NAE_ERA_R-1765_ENSV_Kirjanike_Liit_1945-1955, lk 24
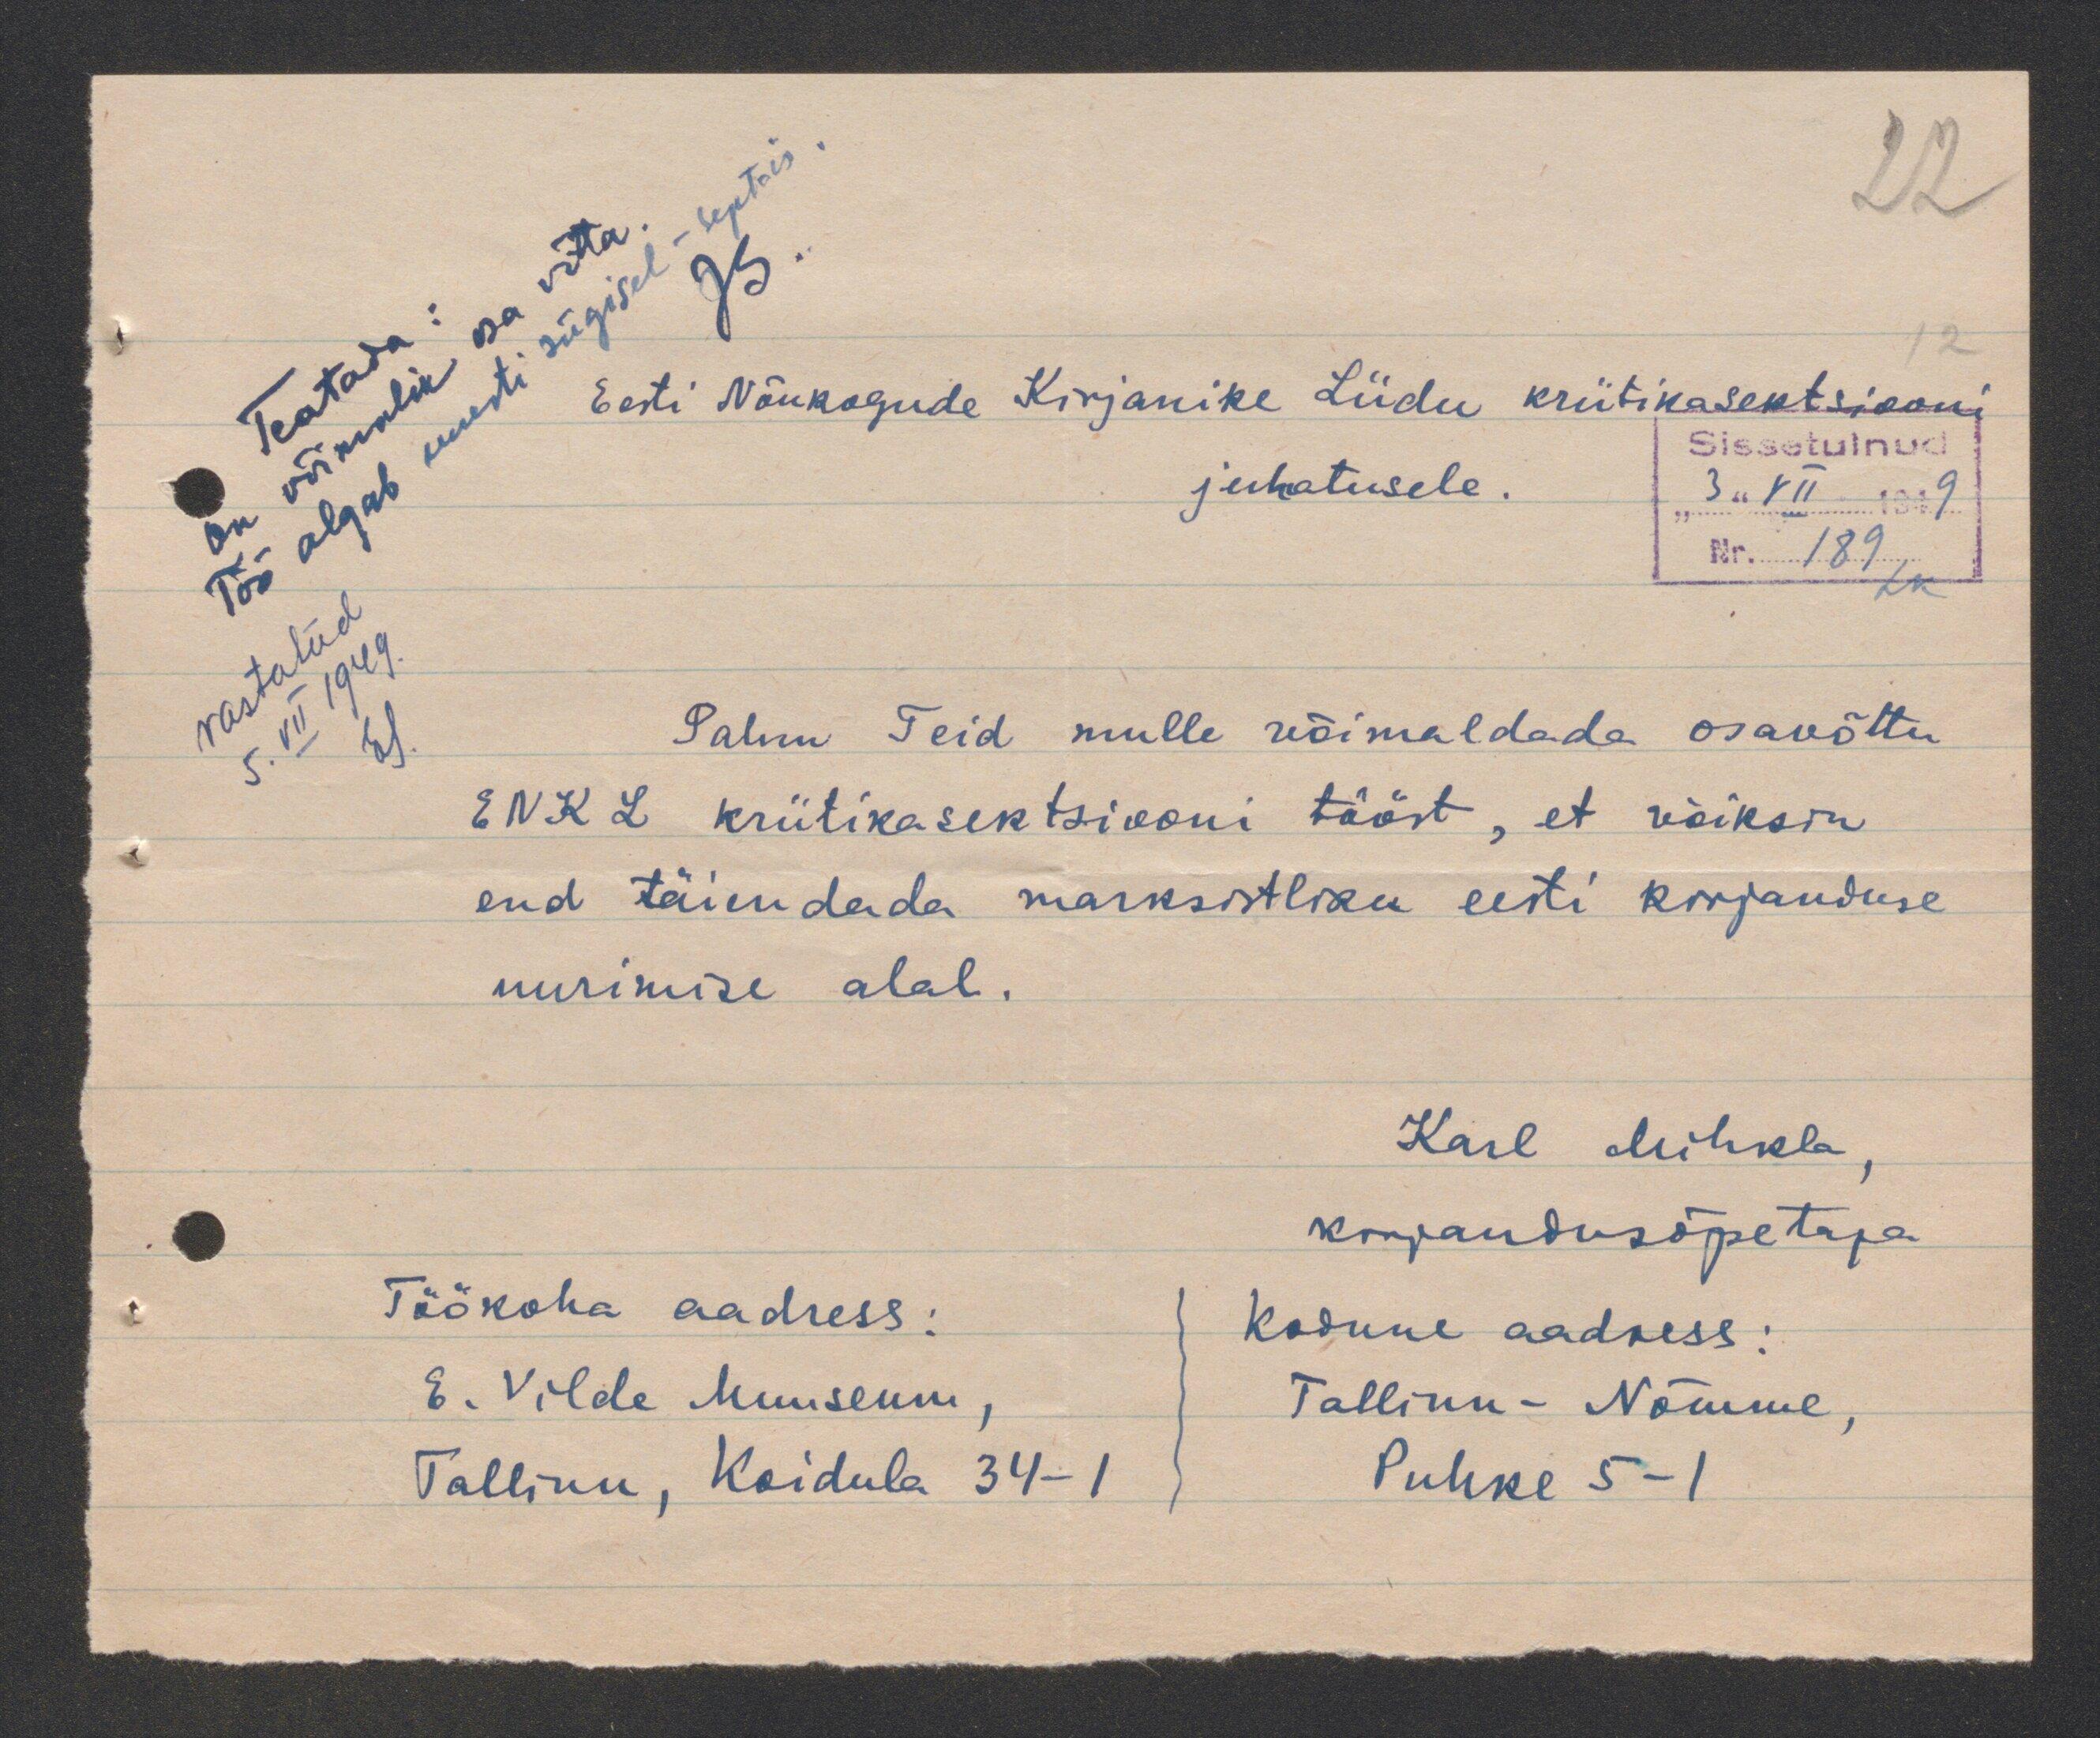
Töö algab uuesti sügisel-sept-is
on võimalik osa võtta.
Teatada:
Eesti Nõukogude Kirjanike Liidu kriitikasektsiooni
juhatusele.
Palun Teid mulle võimaldada osavõttu
ENKL kriitikasektsiooni tööst, et võiksin
end täiendada marksistliku eesti kirjanduse
uurimise alal.
Karl Mihkla
kirjandusõpetaja
Töökoha aadress:
Kodune aadress:
E. Vilde Muuseum
Tallinn - Nõmme
Tallinn, Koidula 34-1
Puhke 5-1